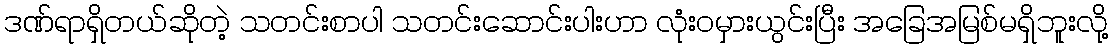
ဒဏ်ရာရှိတယ်ဆိုတဲ့ သတင်းစာပါ သတင်းဆောင်းပါးဟာ လုံးဝမှားယွင်းပြီး အခြေအမြစ်မရှိဘူးလို့